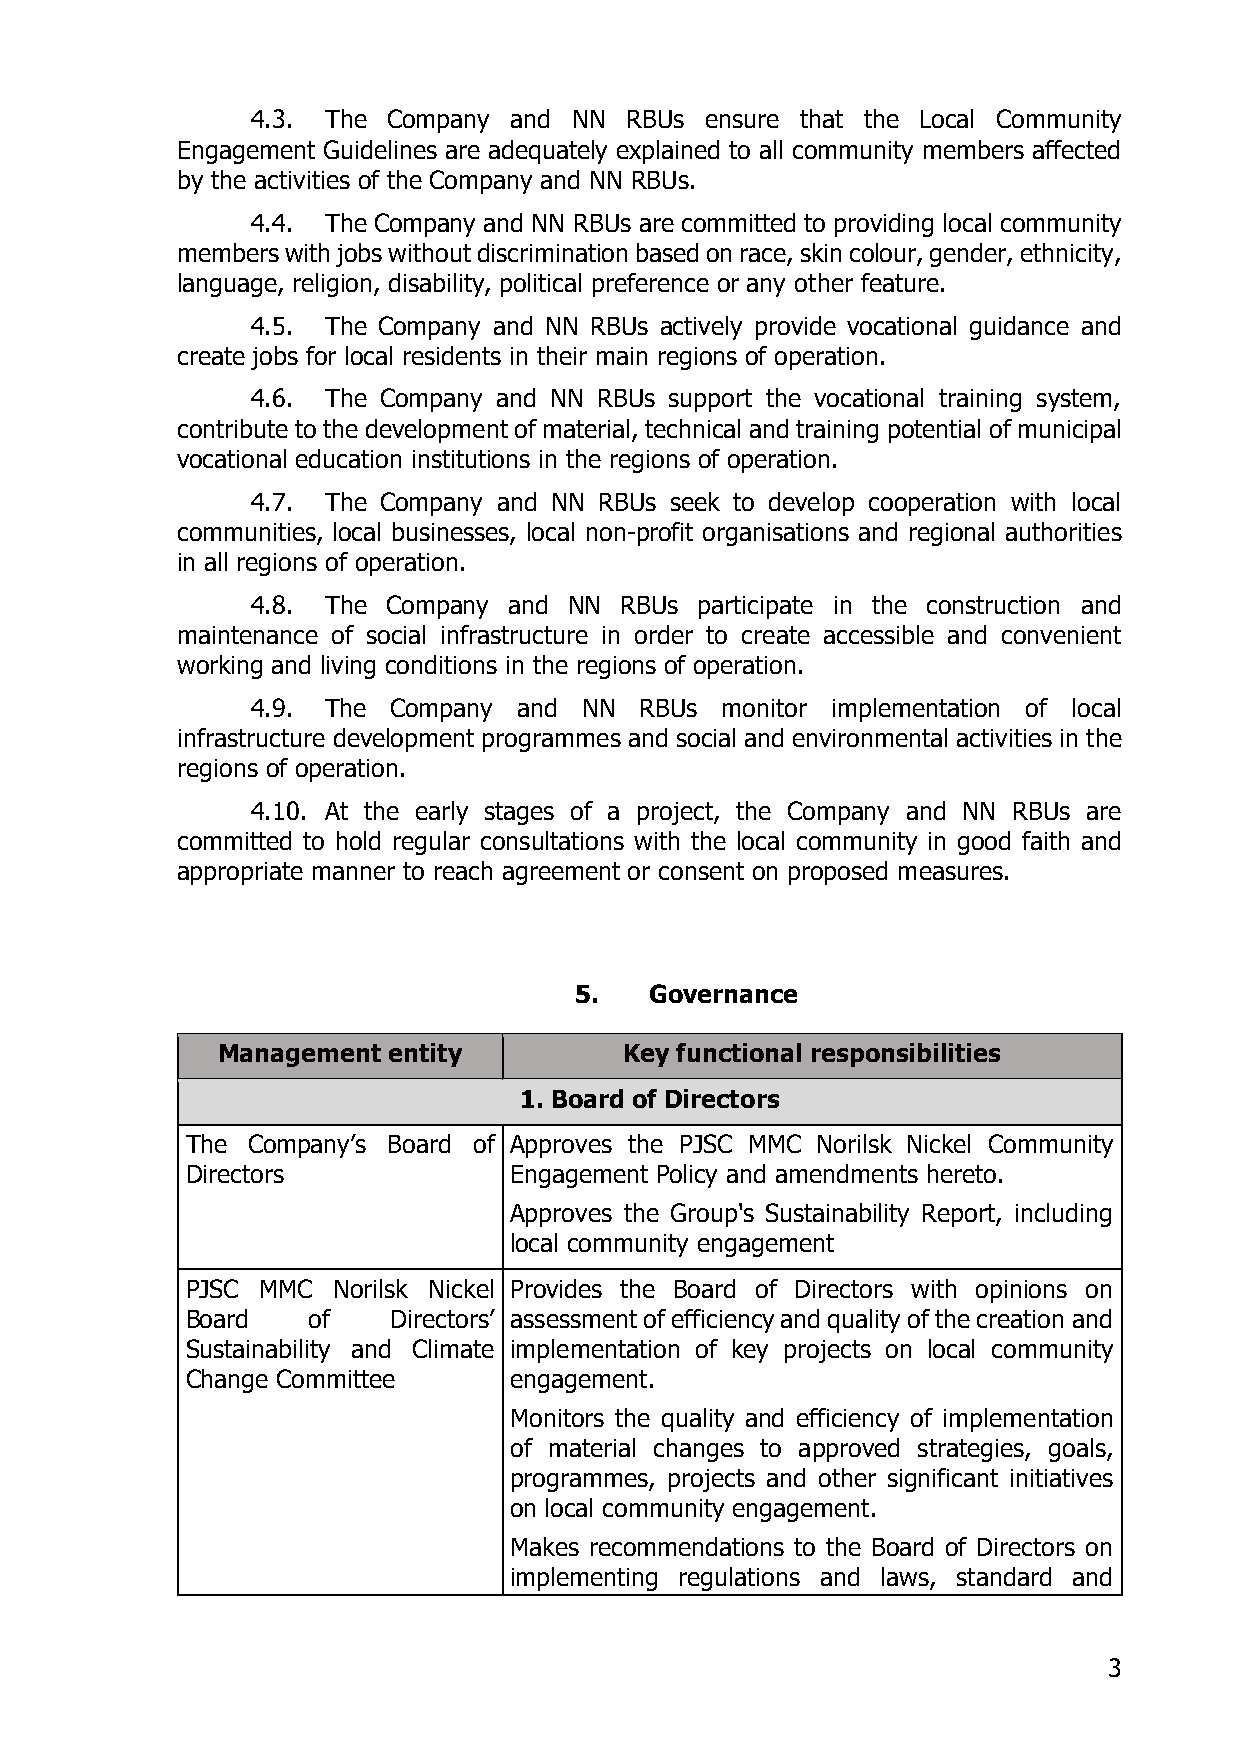
4.3. The Company and NN RBUs  ensure that the Local Community
 Engagement Guidelines are adequately explained to all community members affected
 by the activities of the Company and NN RBUs.
 4.4. The Company and NN RBUs are committed to providing local community
 members with jobs without discrimination based on race, skin colour, gender, ethnicity,
 language, religion, disability, political preference or any other feature.
 4.5. The Company and NN RBUs actively provide vocational guidance and
 create jobs for local residents in their main regions of operation.
 4.6. The Company and NN RBUs support the vocational training system,
 contribute to the development of material, technical and training potential of municipal
 vocational education institutions in the regions of operation.
 4.7. The Company and NN RBUs seek to develop cooperation with local
 communities, local businesses, local non-profit organisations and regional authorities
 in all regions of operation.
 4.8. The Company and NN RBUs participate in the construction and
 maintenance of social infrastructure in order to create accessible and convenient
 working and living conditions in the regions of operation.
 4.9. The Company and  NN RBUs  monitor implementation of local
 infrastructure development programmes and social and environmental activities in the
 regions of operation.
 4.10. At the early stages of a project, the Company and NN RBUs are
 committed to hold regular consultations with the local community in good faith and
 appropriate manner to reach agreement or consent on proposed measures.
 5.   Governance
 Management  entity         Key functional responsibilities
 1. Board of Directors
 The Company’s Board of Approves the PJSC MMC Norilsk Nickel Community
 Directors             Engagement Policy and amendments hereto.
 Approves the Group's Sustainability Report, including
 local community engagement
 PJSC MMC  Norilsk Nickel Provides the Board of Directors with opinions on
 Board   of    Directors’ assessment of efficiency and quality of the creation and
 Sustainability and Climate implementation of key projects on local community
 Change Committee      engagement.
 Monitors the quality and efficiency of implementation
 of material changes to approved strategies, goals,
 programmes, projects and other significant initiatives
 on local community engagement.
 Makes recommendations to the Board of Directors on
 implementing regulations and laws, standard and
 3